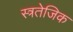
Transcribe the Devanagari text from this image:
स्त्रतेजिक